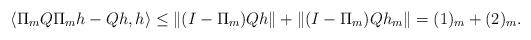
LaTeX: \begin{align*} \langle\Pi_m Q\Pi_m h -Qh,h\rangle\leq \|(I-\Pi_m)Qh\|+ \|(I-\Pi_m)Qh_m\|= (1)_m+(2)_m. \end{align*}